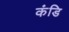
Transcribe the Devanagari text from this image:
कंडि